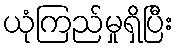
ယုံကြည်မှုရှိပြီး